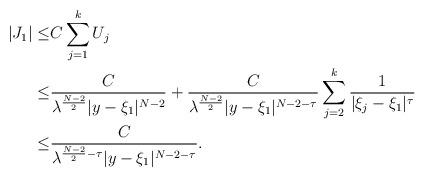
LaTeX: \begin{align*}|J_1 |\le &C \sum_{j=1}^k U_j\\\le & \frac{C}{\lambda^{\frac{N-2}2}|y-\xi_1|^{N-2}}+ \frac{C}{\lambda^{\frac{N-2}2}|y-\xi_1|^{N-2-\tau}}\sum_{j=2}^k\frac1{|\xi_j-\xi_1|^\tau}\\\le &\frac{C}{\lambda^{\frac{N-2}2-\tau}|y-\xi_1|^{N-2-\tau}}.\end{align*}